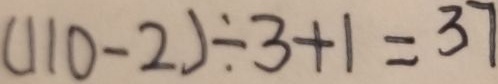
( 1 1 0 - 2 ) \div 3 + 1 = 3 7